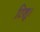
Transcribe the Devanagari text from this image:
टिशू।